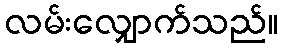
လမ်းလျှောက်သည်။